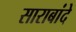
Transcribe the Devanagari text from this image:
साराबांदे